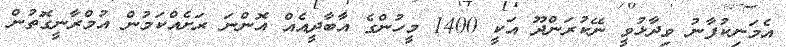
އެމަނިކުފާނު ވިދާޅުވީ ނޭކުރަންދޫ އަކީ 1400 މީހުންގެ އާބާދީއެއް އޮންނަ ރަށެއްކަމުން އުމްރާނީގޮތުން